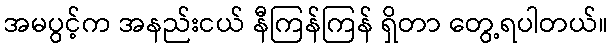
အမပွင့်က အနည်းငယ် နီကြန်ကြန် ရှိတာ တွေ့ရပါတယ်။